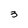
Character: 3